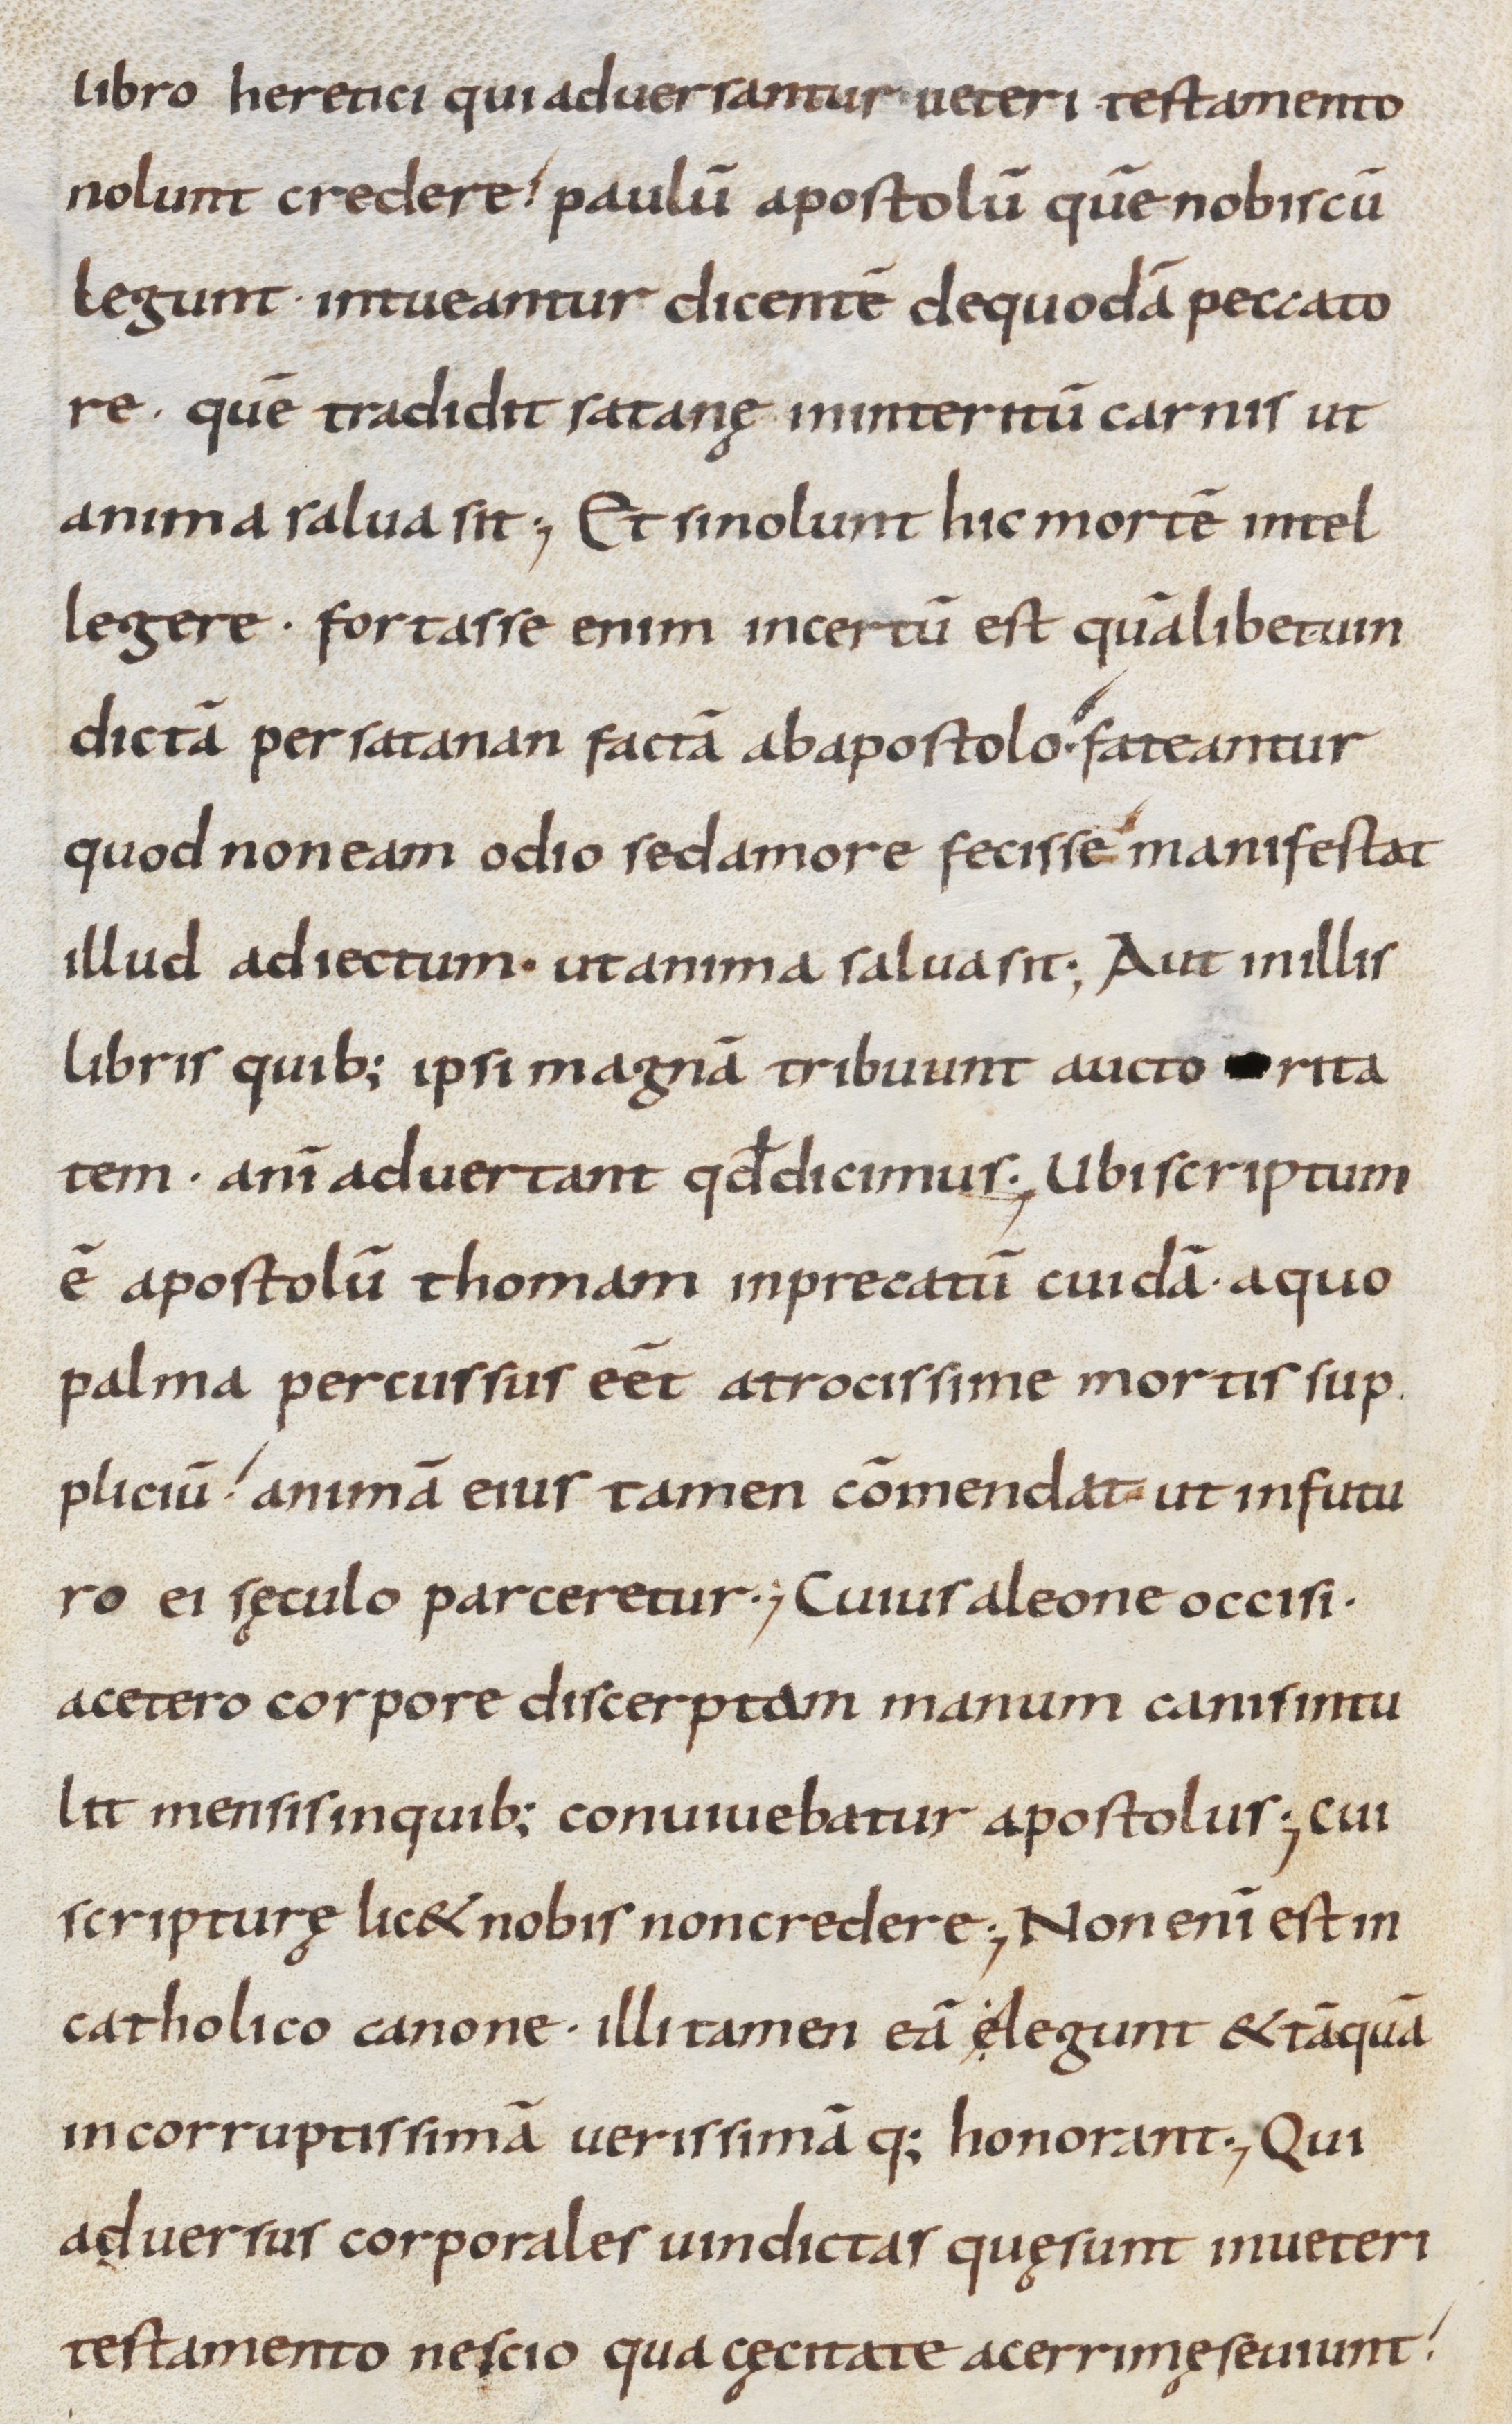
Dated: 800–899